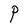
Character: P